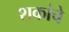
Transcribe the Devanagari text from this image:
शकांचे